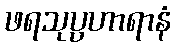
ဖရသုပ္ပဟာရာနံ